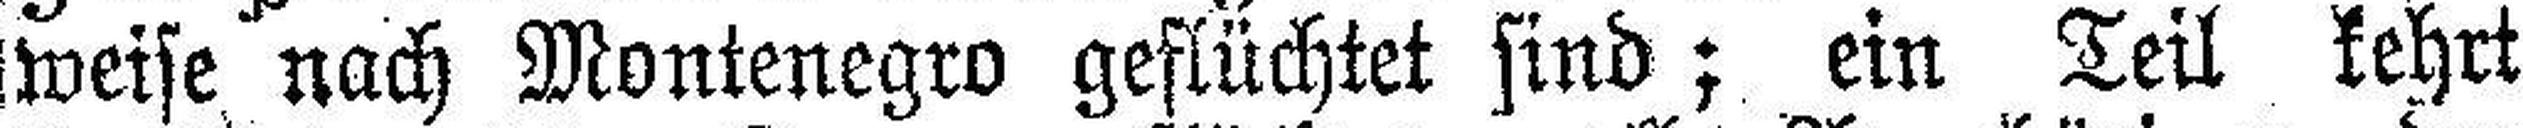
weise nach Montenegro geflüchtet sind; ein Teil kehrt